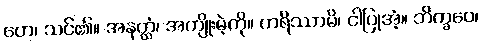
တေ၊ သင်၏။ အနတ္ထံ၊ အကျိုးမဲ့ကို။ ကရိဿာမိ၊ ငါပြုအံ့။ ဘိက္ခဝေ၊